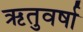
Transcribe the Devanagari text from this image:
ऋतुवर्षा